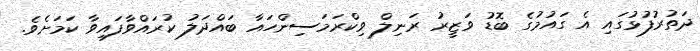
ދަތުރުފުޅުގައި އެ ގައުމުގެ ބޮޑު ވަޒީރު ރަނިލް ވިކްރަމަސިންހައާ ބައްދަލު ކުރައްވާފައިވާ ކަމަށެވެ.